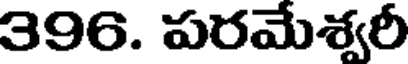
396. పరమేశ్వరీ